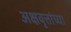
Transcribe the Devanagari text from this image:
अक्षवृत्तांच्या